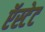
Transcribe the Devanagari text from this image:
ऍस्टेट